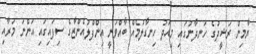
ޔާމިން ރަޝީދުގެ ހަނދާނުގައި މިއަދު ހިނގާލުމެއް ބާއްވަނީ އިންފްލުއެންޒާގެ ސިފައިގައި އަންނަ މަރާއި